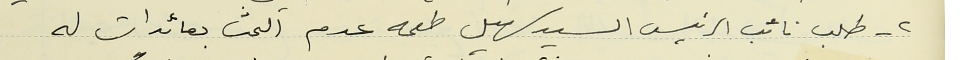
٢- طلب نائب الرئيس السيد سهيل طعمه عدم البحث بعائدات له